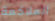
الملاكمة